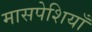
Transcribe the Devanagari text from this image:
मासपेशियाँ